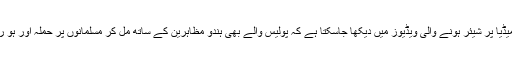
سوشل میڈیا پر شیئر ہونے والی ویڈیوز میں دیکھا جاسکتا ہے کہ پولیس والے بھی ہندو مظاہرین کے ساتھ مل کر مسلمانوں پر حملہ آور ہو رہی ہے۔